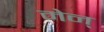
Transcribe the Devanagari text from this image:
मेन्